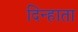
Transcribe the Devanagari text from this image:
दिन्हाता